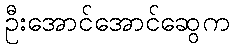
ဦးအောင်အောင်ဆွေက